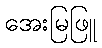
အေးမြဖြူ